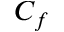
C _ { f }